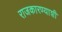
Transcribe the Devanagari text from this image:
राजकारण्याशी